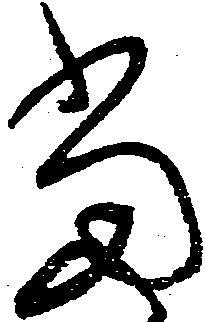
当